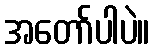
အတော်ပါပဲ။